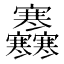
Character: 𡬜